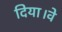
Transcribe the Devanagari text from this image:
दिया।वे